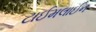
ટાઈમલાઈન